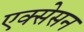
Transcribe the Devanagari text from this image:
एक्सेसन